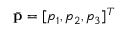
\bar { \bf p } = [ p _ { 1 } , p _ { 2 } , p _ { 3 } ] ^ { T }